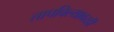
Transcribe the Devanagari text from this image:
तापविल्यावरही